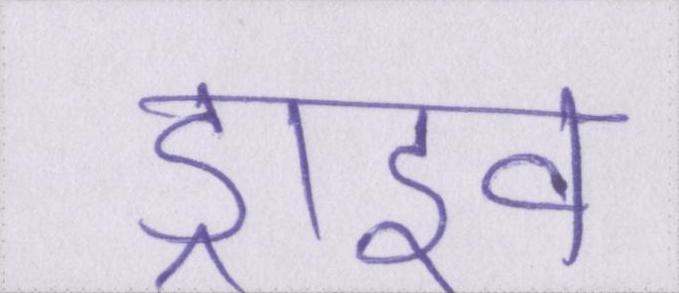
ड्राइव